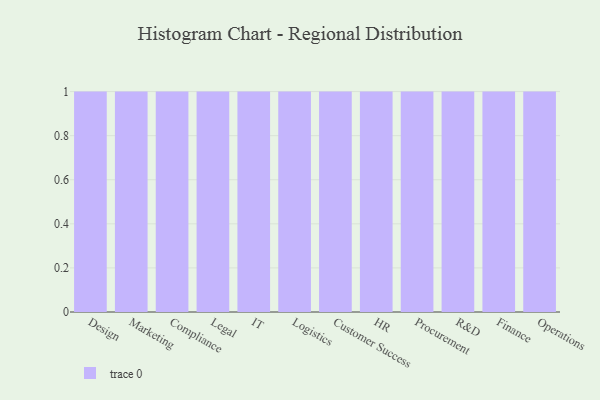
{"axis": {"x": "Department", "y": "Active Users"}, "legend": [""], "data": [{"x": "Design", "y": 31, "type": ""}, {"x": "Marketing", "y": 24, "type": ""}, {"x": "Compliance", "y": 61, "type": ""}, {"x": "Legal", "y": 100, "type": ""}, {"x": "IT", "y": 76, "type": ""}, {"x": "Logistics", "y": 80, "type": ""}, {"x": "Customer Success", "y": 29, "type": ""}, {"x": "HR", "y": 31, "type": ""}, {"x": "Procurement", "y": 52, "type": ""}, {"x": "R&D", "y": 58, "type": ""}, {"x": "Finance", "y": 7, "type": ""}, {"x": "Operations", "y": 5, "type": ""}]}